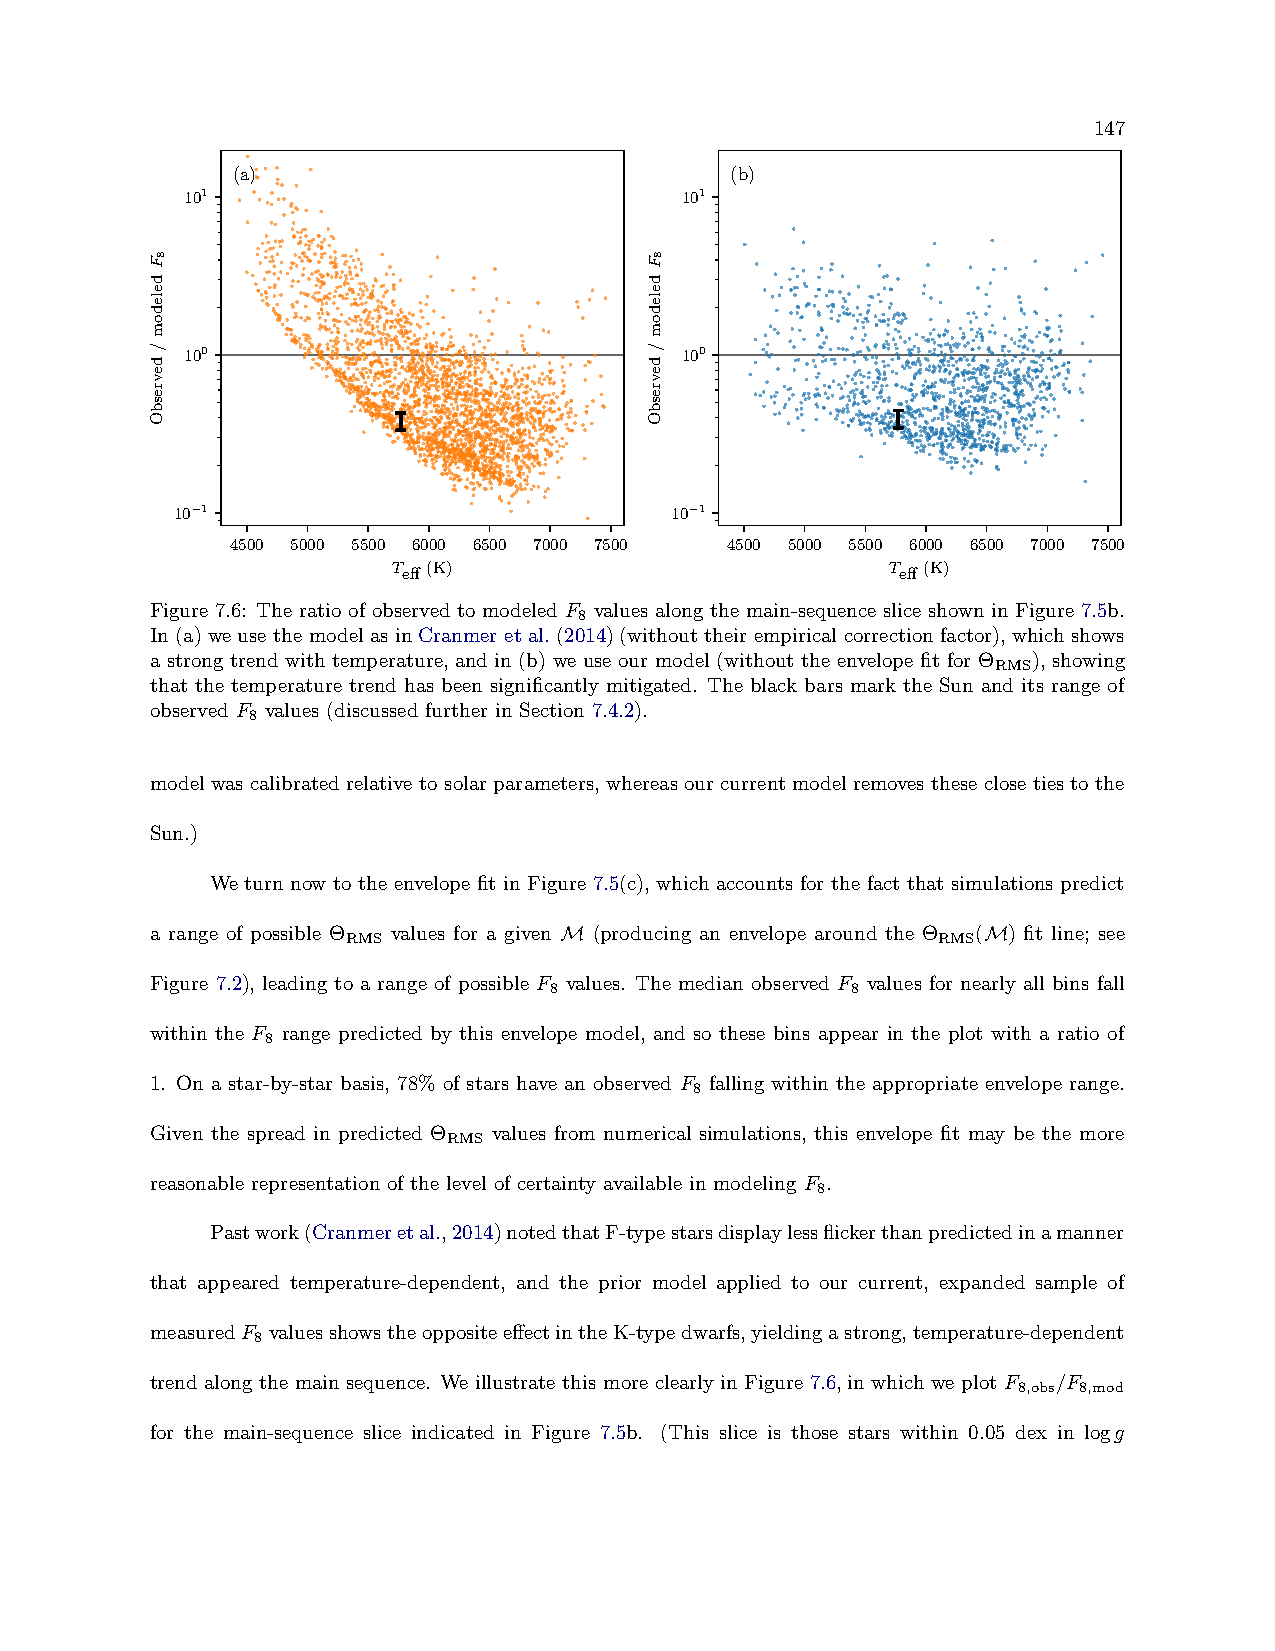
147
 (a)                              (b)
 101                              101
 100                              100
 10−1                            10−1
 4500 5000 5500 6000 6500 7000 7500 4500 5000 5500 6000 6500 7000 7500
 Teff (K)                         Teff (K)
 Figure 7.6: The ratio of observed to modeled F values along the main-sequence slice shown in Figure 7.5b.
 8
 In (a) we use the model as in Cranmer et al. (2014) (without their empirical correction factor), which shows
 a strong trend with temperature, and in (b) we use our model (without the envelope fit for Θ ), showing
 RMS
 that the temperature trend has been significantly mitigated. The black bars mark the Sun and its range of
 observed F values (discussed further in Section 7.4.2).
 8
 model was calibrated relative to solar parameters, whereas our current model removes these close ties to the
 Sun.)
 We turn now to the envelope fit in Figure 7.5(c), which accounts for the fact that simulations predict
 a range of possible Θ values for a given M (producing an envelope around the Θ (M) fit line; see
 RMS                                    RMS
 Figure 7.2), leading to a range of possible F values. The median observed F values for nearly all bins fall
 8                   8
 within the F range predicted by this envelope model, and so these bins appear in the plot with a ratio of
 8
 1. On a star-by-star basis, 78% of stars have an observed F falling within the appropriate envelope range.
 8
 Given the spread in predicted Θ values from numerical simulations, this envelope fit may be the more
 RMS
 reasonable representation of the level of certainty available in modeling F .
 8
 Pastwork(Cranmeretal.,2014)notedthatF-typestarsdisplaylessflickerthanpredictedinamanner
 that appeared temperature-dependent, and the prior model applied to our current, expanded sample of
 measuredF valuesshowstheoppositeeffectintheK-typedwarfs,yieldingastrong,temperature-dependent
 8
 trend along the main sequence. We illustrate this more clearly in Figure 7.6, in which we plot F /F
 8,obs 8,mod
 for the main-sequence slice indicated in Figure 7.5b. (This slice is those stars within 0.05 dex in logg
 8Fdeledom/devresbO               8Fdeledom/devresbO